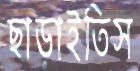
ছাড়াইতিস